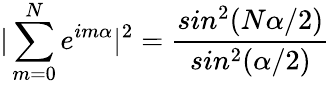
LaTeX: |\sum_{m=0}^{N}e^{im\alpha}|^{2}=\frac{sin^{2}(N\alpha/2)}{sin^{2}(\alpha/2)}